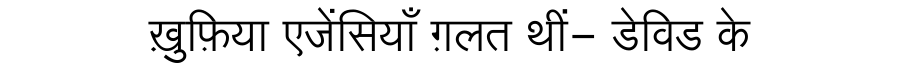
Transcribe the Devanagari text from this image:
ख़ुफ़िया एजेंसियाँ ग़लत थीं- डेविड के